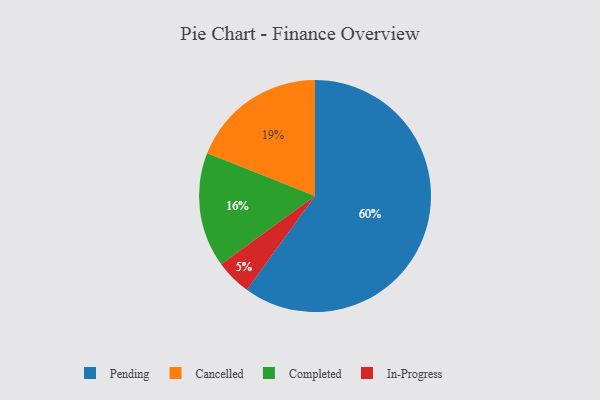
{"axis": {"x": "Category", "y": "Percentage"}, "legend": ["Cancelled", "Completed", "In-Progress", "Pending"], "data": [{"x": "In-Progress", "y": 5, "type": "In-Progress"}, {"x": "Completed", "y": 16, "type": "Completed"}, {"x": "Cancelled", "y": 19, "type": "Cancelled"}, {"x": "Pending", "y": 60, "type": "Pending"}]}